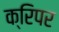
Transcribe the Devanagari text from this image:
क्रिपर